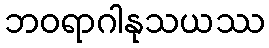
ဘဝရာဂါနုသယဿ